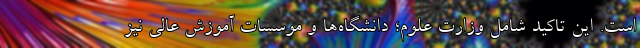
است. این تاکید شامل وزارت علوم؛ دانشگاه‌‌ها و موسسات آموزش عالی نیز